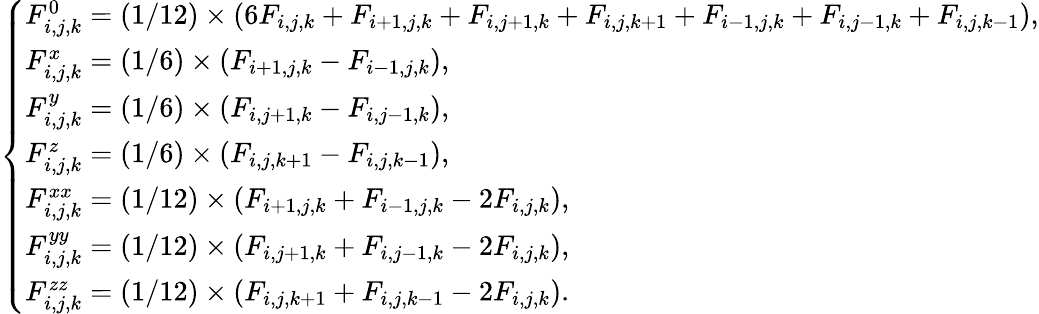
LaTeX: \left\{ \begin{array}{ll}{F_{i,j,k}^{0}=(1/12)\times(6F_{i,j,k}+F_{i+1,j,k}+F_{i,j+1,k}+F_{i,j,k+1}+F_{i-1,j,k}+F_{i,j-1,k}+F_{i,j,k-1}),}\\ {F_{i,j,k}^{x}=(1/6)\times(F_{i+1,j,k}-F_{i-1,j,k}),}\\ {F_{i,j,k}^{y}=(1/6)\times(F_{i,j+1,k}-F_{i,j-1,k}),}\\ {F_{i,j,k}^{z}=(1/6)\times(F_{i,j,k+1}-F_{i,j,k-1}),}\\ {F_{i,j,k}^{xx}=(1/12)\times(F_{i+1,j,k}+F_{i-1,j,k}-2F_{i,j,k}),}\\ {F_{i,j,k}^{yy}=(1/12)\times(F_{i,j+1,k}+F_{i,j-1,k}-2F_{i,j,k}),}\\ {F_{i,j,k}^{zz}=(1/12)\times(F_{i,j,k+1}+F_{i,j,k-1}-2F_{i,j,k}).}\end{array}\right.